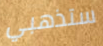
ستذهبي